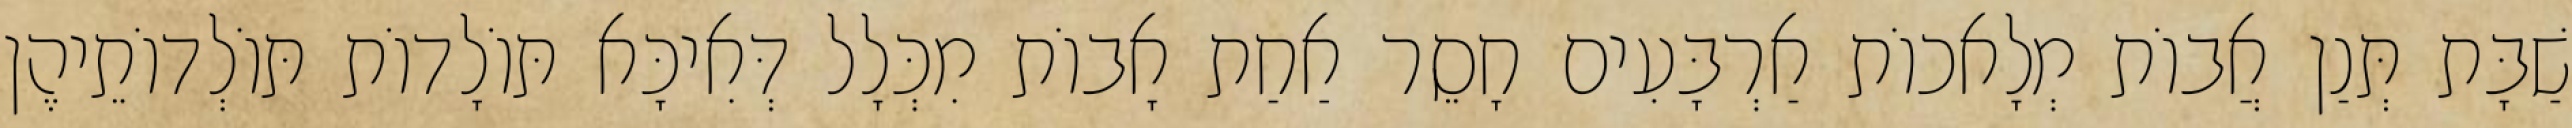
שַׁבָּת תְּנַן אֲבוֹת מְלָאכוֹת אַרְבָּעִים חָסֵר אַחַת אָבוֹת מִכְּלָל דְּאִיכָּא תּוֹלָדוֹת תּוֹלְדוֹתֵיהֶן